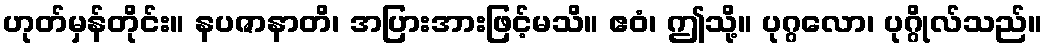
ဟုတ်မှန်တိုင်း။ နပဇာနာတိ၊ အပြားအားဖြင့်မသိ။ ဧဝံ၊ ဤသို့။ ပုဂ္ဂလော၊ ပုဂ္ဂိုလ်သည်။